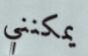
يمكنني